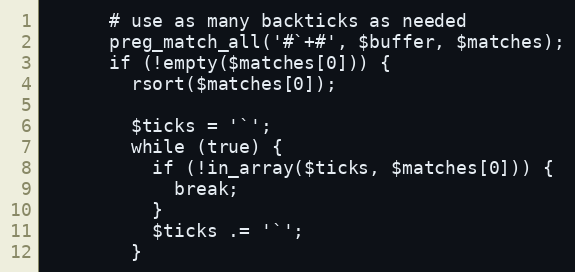
Language: PHP
      # use as many backticks as needed
      preg_match_all('#`+#', $buffer, $matches);
      if (!empty($matches[0])) {
        rsort($matches[0]);

        $ticks = '`';
        while (true) {
          if (!in_array($ticks, $matches[0])) {
            break;
          }
          $ticks .= '`';
        }